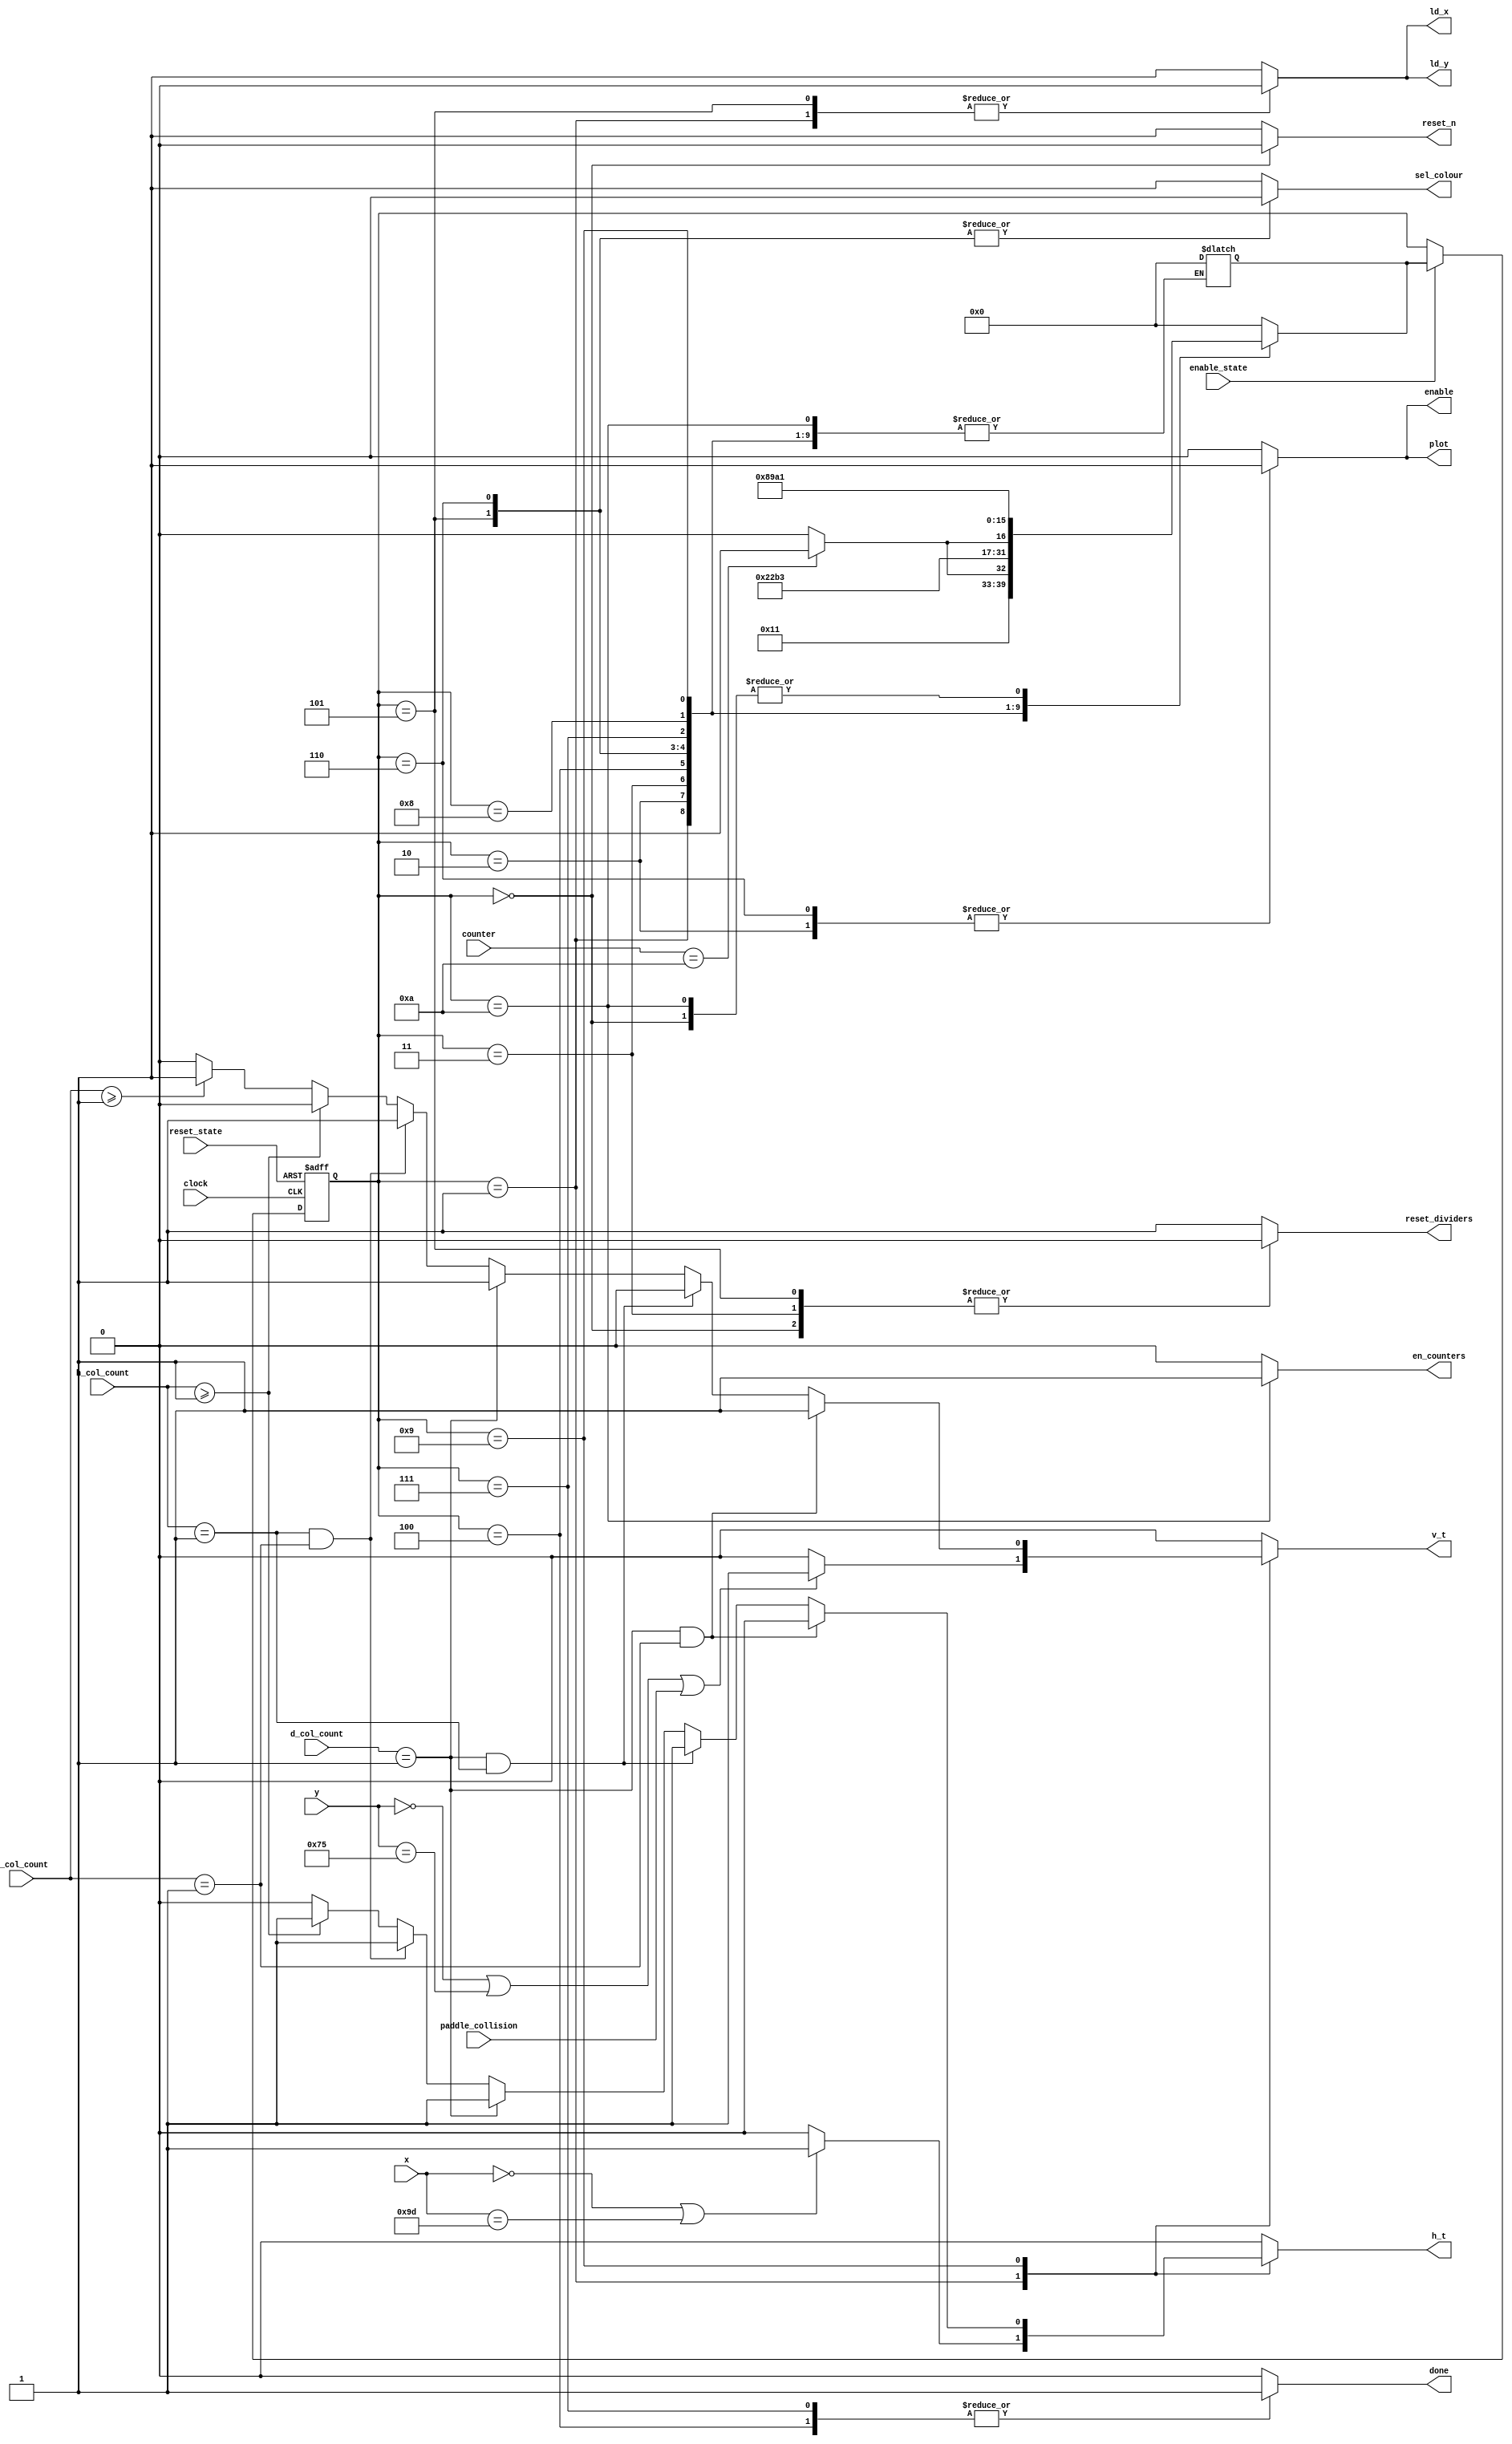
`timescale 1ns / 1ns // `timescale time_unit/time_precision
 
/* Control for ball_movement, ball_display and the top ball module */
module ball_control(reset_state,
					clock,
					counter, 
					x, 
					y, 
					en_counters,
			 		reset_dividers, 
			 		reset_n, 
			 		h_t, 
			 		v_t, 
			 		sel_colour, 
			 		ld_x, 
			 		ld_y, 
			 		enable,
			 		plot, 
			 		done, 
			 		enable_state, 
			 		paddle_collision, 
			 		v_col_count, 
			 		h_col_count, 
			 		d_col_count
			 		);
			 
	input clock;
	input [3:0] counter;
	
	input enable_state;
	
	/* Top-left coordinate of the ball */ 
	input [7:0] x;
	input [6:0] y;  
	
	input reset_state; 
	
	/* Signal the notifies when a paddle collision has been detected */
	input paddle_collision; 
	
	/* Count the number of vertical, horizontal and diagonal collisions */
	input [1:0] v_col_count; 
	input [1:0] h_col_count; 
	input [1:0] d_col_count; 
	            
	

   	/* Controls for the ball top module */
	output reg reset_dividers; // resets the counter 
	output reg enable; // enables the counter in ball
	output reg plot; // plotting signal for the VGA adapter
	
	/* Controls for ball module - ball_movement */ 		
	output reg en_counters; //enables the X and Y counters
	output reg reset_n; // resets the X, Y counters and h and v registers
	output reg h_t; // direction register for X counter
	output reg v_t; // direction register for Y counter
	output reg sel_colour;


	/* Controls for ball module - ball_display */ 
	output reg ld_x; // loads x into the datapath
	output reg ld_y; // loads y into the datapath
                                                   


	/* Controls for the wall_beater_top module */
	
	// when done is high, enable_state is turned off until the vga_adapter	
	// gets to draw the remaining sprites, given that they have been changed
	
	output reg done; // high when the fsm completes a cycle (at UPDATE)

	localparam
		RESET = 4'd0,
		LOAD_COORD = 4'd1,
		ENABLE_CHANGE = 4'd2,
		RESET_COUNTER = 4'd3,
		HOLD_1 = 4'd4,
		ERASE_1 = 4'd5,
		ERASE_2 = 4'd6,
		HOLD_2 = 4'd7,
		SKIP = 4'd8,
		CHECK_BRICK_COLLISION = 4'd9,
		UPDATE = 4'd10;
		
		

	reg [3:0] current_state, next_state;

	always @ (*)
	begin : state_table
		case (current_state)
			RESET: next_state = LOAD_COORD;
			LOAD_COORD: next_state = ENABLE_CHANGE; 
			ENABLE_CHANGE: next_state = (counter == 4'd10) ? RESET_COUNTER : ENABLE_CHANGE;
			RESET_COUNTER: next_state = HOLD_1;
			HOLD_1: next_state = ERASE_1;
			ERASE_1: next_state = ERASE_2;
			ERASE_2: next_state = (counter == 4'd10) ? HOLD_2 : ERASE_2;
			HOLD_2: next_state = SKIP; 
			SKIP: next_state = CHECK_BRICK_COLLISION;
			CHECK_BRICK_COLLISION: next_state = UPDATE;
			UPDATE: next_state = LOAD_COORD; // updates the values of x and y
			
		default: next_state = RESET;
		endcase
	end

	 

	always @ (*)
	begin: enable_signals
		reset_dividers = 1;
		reset_n = 1;
		h_t = 0;
		v_t = 0;
		en_counters = 0;
		sel_colour = 1;
		enable = 1'b0; 
		ld_x = 1'b1; 
		ld_y = 1'b1; 
		plot = 1'b0; 
		done = 1'b0;
		case (current_state)
			RESET: begin	
				reset_dividers = 0;
				reset_n = 0; // resets the datapath
			end
			LOAD_COORD: begin                             
				ld_x = 1'b0; // load x
				ld_y = 1'b0; // load y
				if ((x == 8'd0) | (x == 8'd157))
					h_t = 1'd1;
			 	if ((y == 7'd0) | (y == 7'd117) | (paddle_collision))
					v_t = 1'd1;
			end
			ENABLE_CHANGE: begin
				enable = 1'b1;
				plot = 1'b1;
			end
			RESET_COUNTER: begin
				reset_dividers = 0;
			end
			HOLD_1: begin
				done = 1;
			end 
			ERASE_1: begin
				reset_dividers = 0; // resets the datapath
				sel_colour = 1'd0;
				ld_x = 1'b0; // load x
				ld_y = 1'b0; // load y
			end
			ERASE_2: begin
				sel_colour = 1'd0;
				enable = 1'b1;
				plot = 1'b1;
			end
			HOLD_2: begin
				done = 1;
			end
			SKIP: begin
			end
			CHECK_BRICK_COLLISION: begin
				if ((d_col_count == 1'd1) && (v_col_count == 1'd1))
					v_t = 1'd1;
				else if ((d_col_count == 1'd1) && (h_col_count == 1'd1))
					h_t = 1'd1;
				else if (d_col_count == 1'd1)begin
					h_t = 1'd1; 
					v_t = 1'd1; 
				end
				else if ((h_col_count == 1) && (v_col_count == 1)) begin
					h_t = 1'd1; 
					v_t = 1'd1;
				end
				else if (h_col_count >= 2'd1) begin
					h_t = 1'd1;
				end
				else if ((v_col_count >= 2'd1) ) begin
					v_t = 1'd1;
				end
			end 
			UPDATE: begin
				en_counters = 1;
			end 
			
		default: next_state = RESET;
		endcase
	end
				
	// Current state registers
	always @ (posedge clock, negedge reset_state)
	begin: state_FFs
		if (!reset_state)
			current_state <= RESET;
		else if (enable_state)
			current_state <= next_state;
	end
				


endmodule